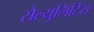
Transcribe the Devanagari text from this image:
सेल्युलिटिस